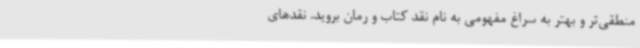
منطقی‌تر و بهتر به سراغ مفهومی به نام نقد کتاب و رمان بروید. نقدهای